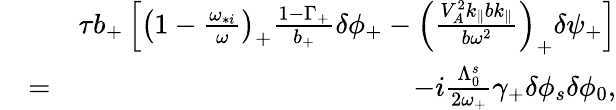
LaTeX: \begin{array}{rlr}&{}&{\tau b_{+}\left[\left(1-\frac{\omega_{*i}}{\omega}\right)_{+}\frac{1-\Gamma_{+}}{b_{+}}\delta\phi_{+}-\left(\frac{V_{A}^{2}k_{\parallel}bk_{\parallel}}{b\omega^{2}}\right)_{+}\delta\psi_{+}\right]}\\ &{=}&{-i\frac{\Lambda_{0}^{s}}{2\omega_{+}}\gamma_{+}\delta\phi_{s}\delta\phi_{0},}\end{array}